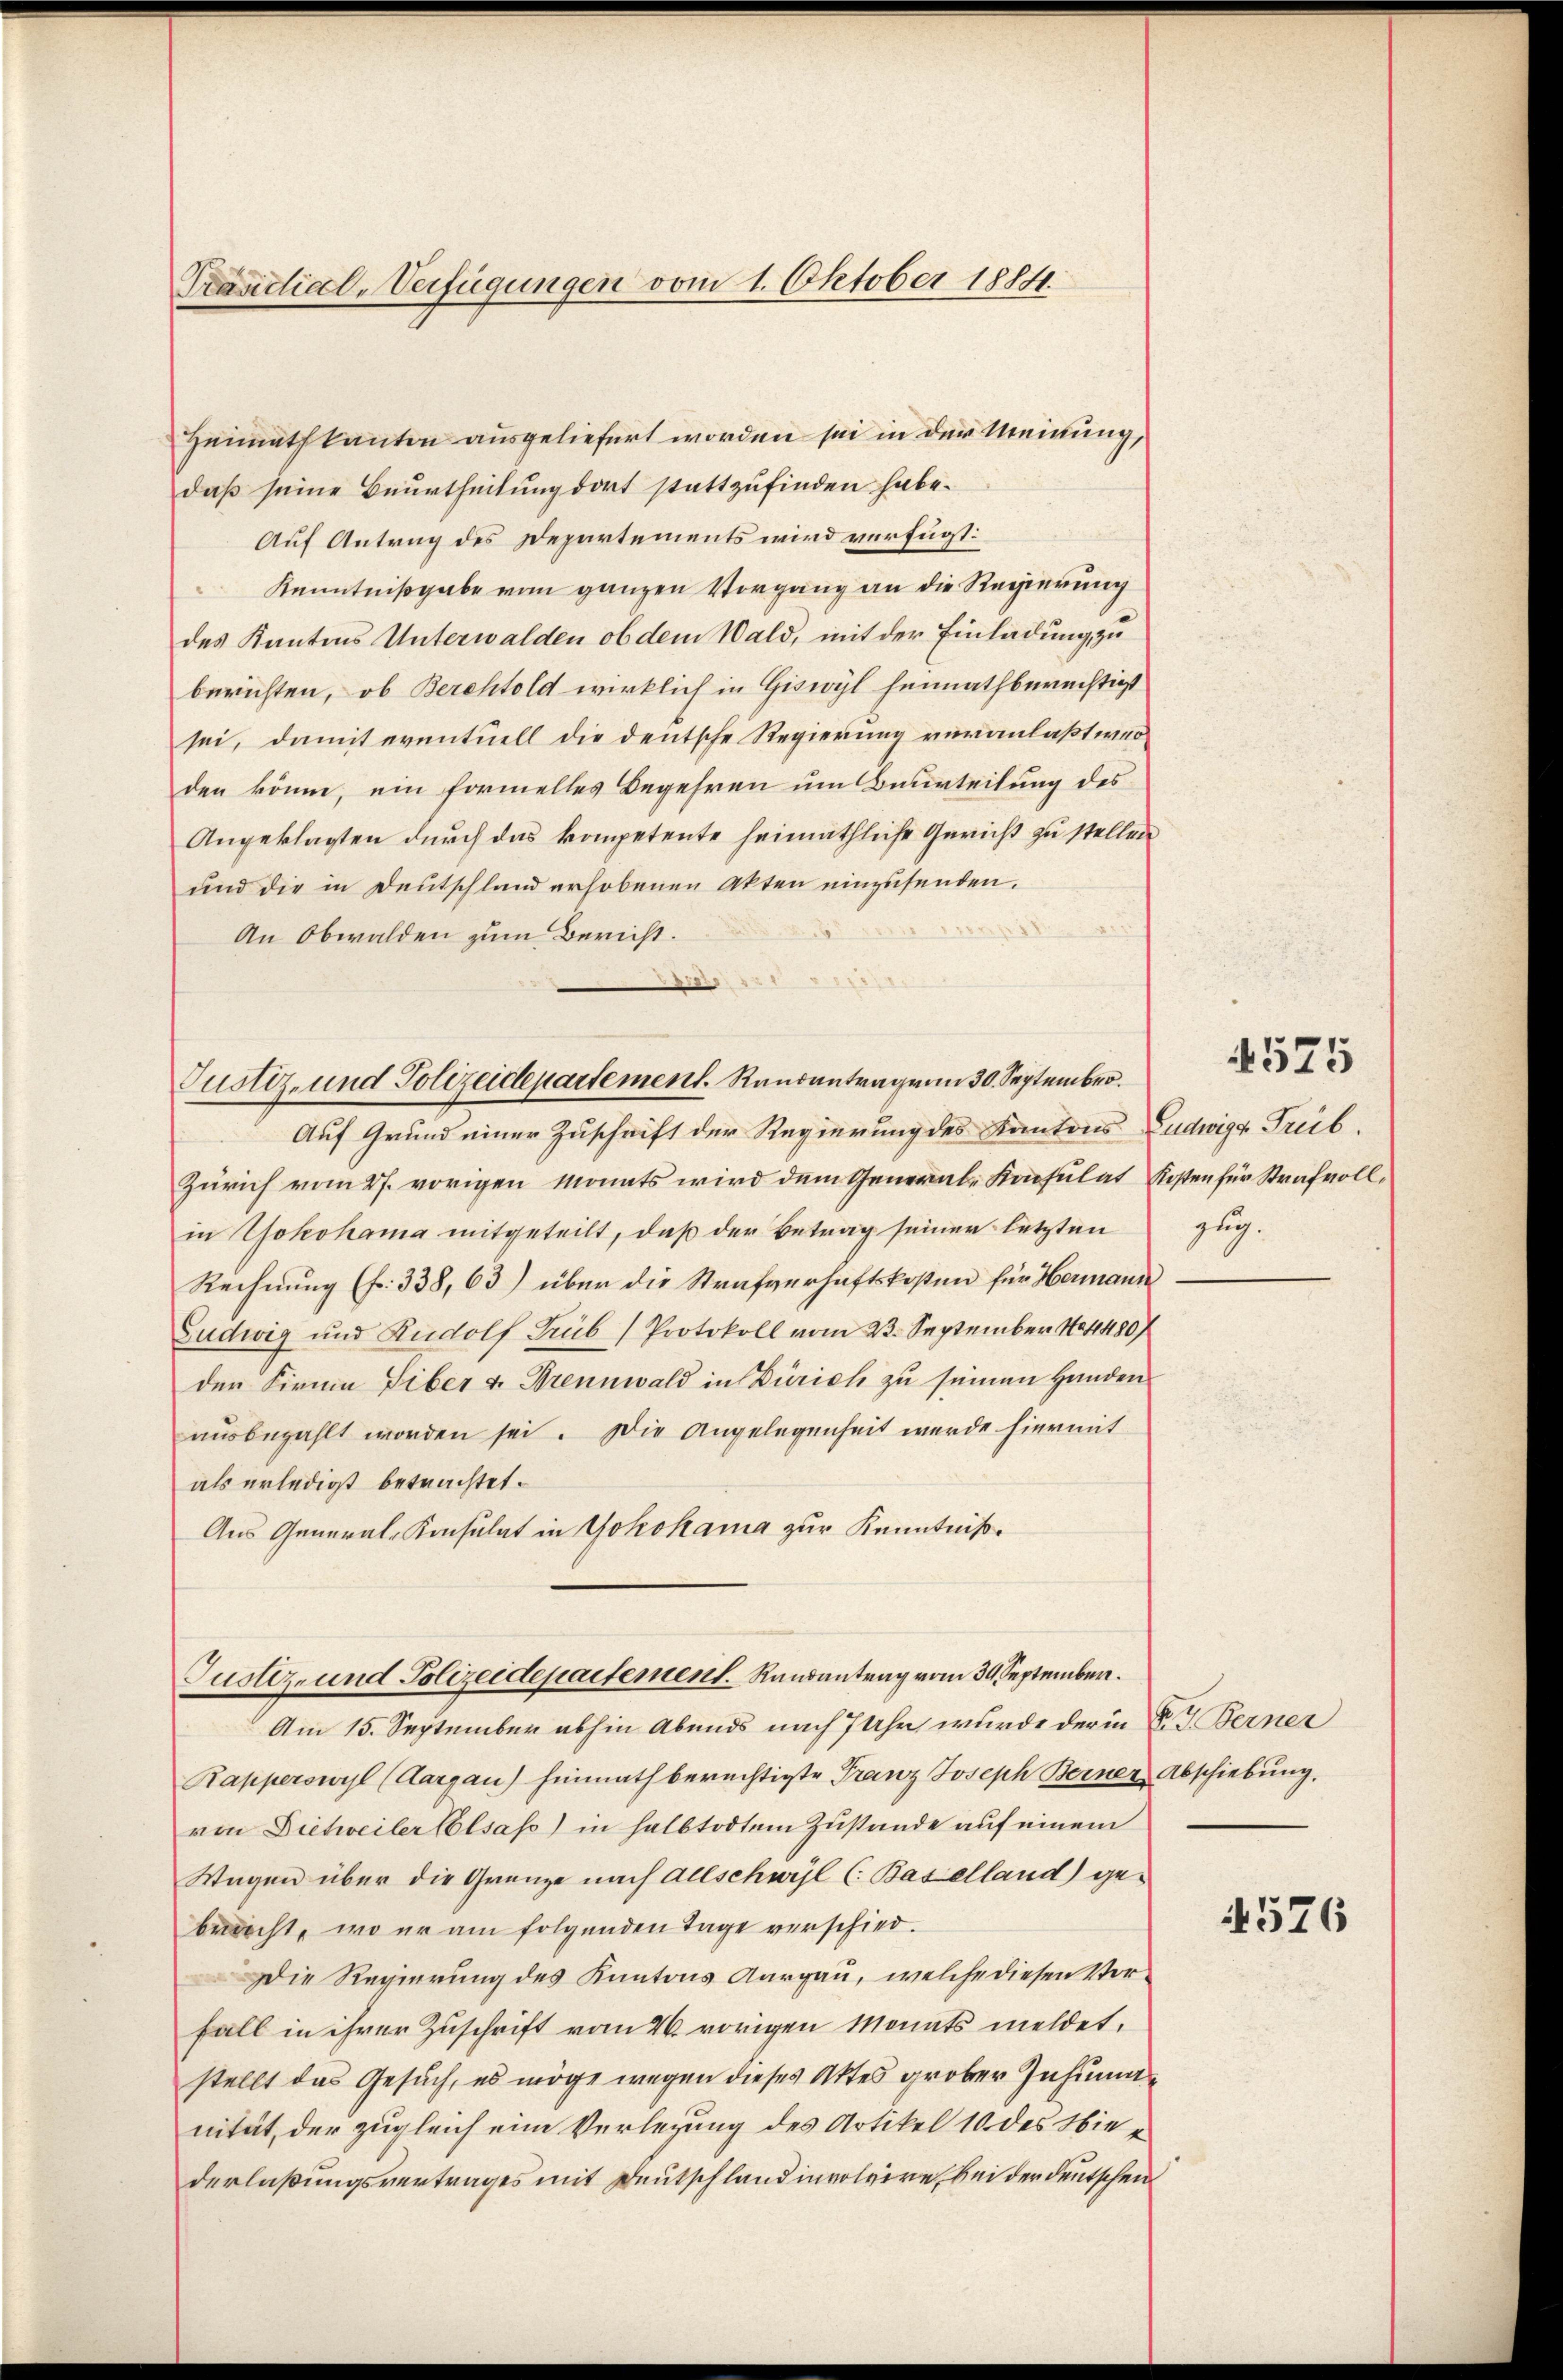
Heimatkanton ausgeliefert worden sei in der Meinung,
daß seine Beurtheilung dort stattzufinden habe.
Auf Antrag des Departements wird verfügt:
Kenntnißgabe vom ganzen Vorgang an die Regierung
des Kantons Unterwalden ob dem Wald, mit der Einladung zu
berichten, ob Berchtold wirklich in Giswyl heimathberechtigt
sei, damit eventuell die deutsche Regierung veranlaßt werden könne, ein formelles Begehren um Beurteilung des
Angeklagten durch das kompetente heimathliche Gericht zu stellen
und die in Deutschland erhobenen Akten einzusenden.
An Obwalden zum Bericht.

Trandial-Verfügungen vom 1. Oktober 1884.

Auf Grund einer Zuschrift der Regierung des Kantons Ludwig Trüb.
Zürich vom 27. vorigen Monats wird dem General-Kapsulat Kosten für Strafvollin Yokohama mitgeteilt, daß der Betrag seiner letzten
Rechnung (fr. 338, 63) über die Strafverhaftskosten für Hermann
Ludwig und Rudolf Grub Protokoll vom 23. September 184480/
der Firma Liber v. Brennwald in Zürich zu seinen Handen
ausbezahlt worden sei. Die Angelegenheit werde hiermit
als erledigt betrachtet.
Aus General-Konsulat in Yokohama zur Kenntniß¬

Justiz- und Polizeidepartement. Randantragen 30. September.

Justiz- und Polizeidepartement. Randantrag vom 30. September.

Am 15. September abhin Abends nach 7 Uhr, wurde der in Dr G. Berner
Rapperswyl (Aargau) hinrath berechtigte Franz Joseph Berner Abschiebung.
von Dichweiler Elsass) in halbtodtem Zustande auf einem
Wagen über die Grenze nach Allschwyl (Baselland) gebeacht, wo er am folgenden Tage verschied.
Die Regierung des Kantons Aargau, welche diesen Vor¬
Fall in ihrer Zuschrift vom 4. vorigen Monats meldet,
stellt das Gesuch, es möge wegen dieses Aktes grober Inhimme
nität, der zugleich eine Verlegung des Artikel 10 des Niederlaßungsvertrages mit Deutschland involvire, bei der deutschen

575

zug.

4576